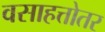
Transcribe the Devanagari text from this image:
वसाहत्तोतर